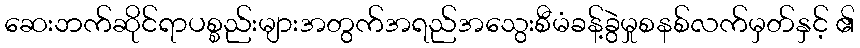
ဆေးဘက်ဆိုင်ရာပစ္စည်းများအတွက်အရည်အသွေးစီမံခန့်ခွဲမှုစနစ်လက်မှတ်နှင့် ၏